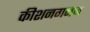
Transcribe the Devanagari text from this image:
कीशनगनज